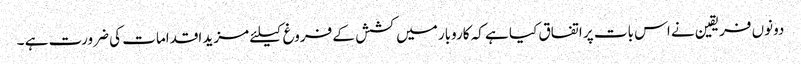
دونوں فریقین نے اس بات پر اتفاق کیا ہے کہ کاروبار میں کشش کے فروغ کیلئے مزید اقدامات کی ضرورت ہے ۔